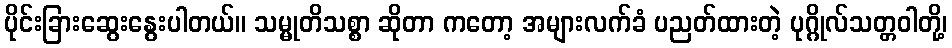
ပိုင်းခြားဆွေးနွေးပါတယ်။ သမ္မုတိသစ္စာ ဆိုတာ ကတော့ အများလက်ခံ ပညတ်ထားတဲ့ ပုဂ္ဂိုလ်သတ္တဝါတို့၊